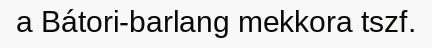
a Bátori-barlang mekkora tszf.